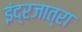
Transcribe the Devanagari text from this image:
इंद्रजात्रा